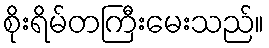
စိုးရိမ်တကြီးမေးသည်။